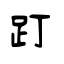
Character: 䟓